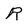
Character: R